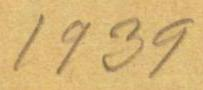
1939